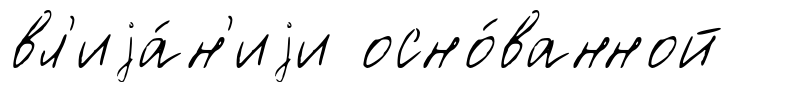
вл'иjа́н'иjи осно́ванной